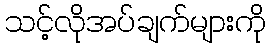
သင့်လိုအပ်ချက်များကို